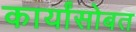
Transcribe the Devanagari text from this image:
कार्यांसोबत